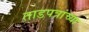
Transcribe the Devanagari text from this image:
ताडपत्रांच्या